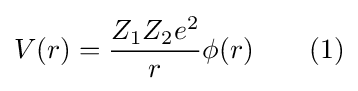
V(r)={\frac {Z_{1}Z_{2}e^{2}}{r}}\phi (r)\qquad (1)